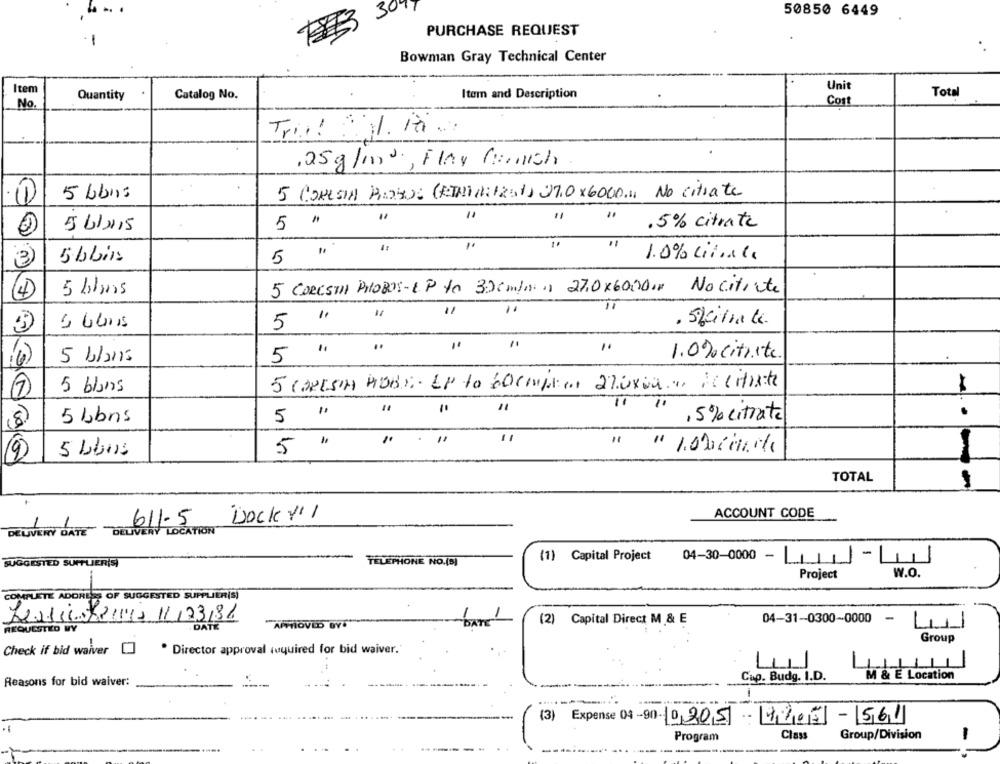
30
50850 6449
PURCHASE REQUEST
Bowman Gray Technical Center
Item
Unit
Quantity
Catalog No.
Itom and Description
Total
No.
Con
Tris !: 1.10.
.25g/m2 ., Flay Crouch
5 buns
5 CORESIN RIOHOS (ETALINIZET) 27.0 x 6000.11 No citrate
11
5 61 ×15
5 "
.5% citrate
3
5 bliss
5 "
1.0% cit ....
5 CORESTH PHOBOS-EP to 300m/min 27.0×60.00.
Nocitivte
4
5 Llins
11
5 "
· Spinale
"
5 "
"
5 6/ans
1.0%citrate
5 blans
5 CORESTH HOBS. EP to 600MAIO 270xDa ... AC Citaste
5 "'
5 Lbns
,5% citrate
8
."
5 bons
5 "
9
TOTAL
611.5
Dock 111
ACCOUNT CODE
11
DELIVERY DATE DELIVERY LOCATION
(1) Capital Project
SUGGESTED SUPPLIER(S)
TELEPHONE NO.(S)
04-30-0000 -
W.O.
Project
COMPLETE ADDRESS OF SUGGESTED SUPPLIER(S)
04-31-0300-0000
-
REQUESTED WY
DATE
APPROVED BY6
(2) Capital Direct M & E
41
Group
Check if bid waiver []
" Director approval required for bid waiver."
Reasons for bid waiver:
Cup. Budg. I.D.
E Location
(3) Expense 08 -90- 0,205 - 4705 - 561
Program
Class
Group/Division
-